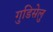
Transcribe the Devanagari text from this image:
गुडिसेलु